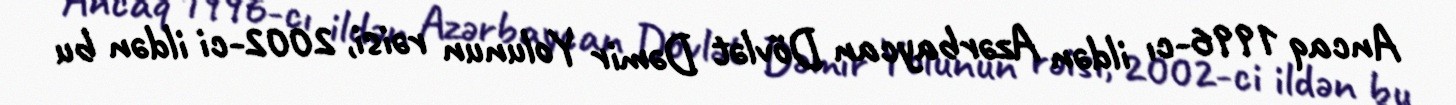
Ancaq 1996-cı ildən Azərbaycan Dövlət Dəmir Yolunun rəisi, 2002-ci ildən bu